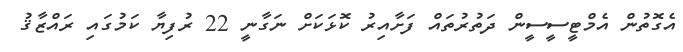
އެގޮތުން އެމްޓީސީސީން ދަތުރުތައް ފަށާއިރު ކޮޅަކަށް ނަގާނީ 22 ރުފިޔާ ކަމުގައި ރައްޒާޤު